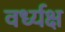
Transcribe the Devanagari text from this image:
वर्ध्यक्ष